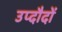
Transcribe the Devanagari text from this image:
उप्दौदों